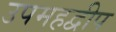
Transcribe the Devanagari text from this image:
उपमहद्वीप